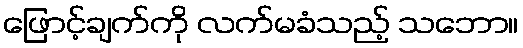
ဖြောင့်ချက်ကို လက်မခံသည့် သဘော။